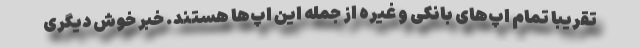
تقریبا تمام اپ‌های بانکی و غیره از جمله این اپ‌ها هستند. خبر خوش دیگری